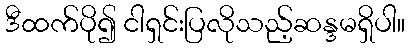
ဒီထက်ပို၍ ငါရှင်းပြလိုသည့်ဆန္ဒမရှိပါ။